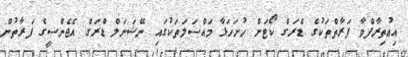
އިޢުތިރާފްވާ ފަރާތްތަކުގެ ޑްރަގް ކޯޓަށް ހުށަހަޅާ މައްސަލަތަކުގައި ނޭޝަނަލް ޑްރަގް އެޖެންސީގެ ފަރާތުން